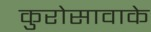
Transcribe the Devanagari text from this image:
कुरोसावाके